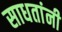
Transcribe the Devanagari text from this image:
साधतांनी